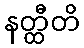
နတ္ထီတိ